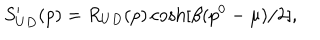
S _ { U D } ^ { \prime } ( p ) = R _ { U D } ( p ) \cosh [ \beta ( p ^ { 0 } - \mu ) / 2 ] ,